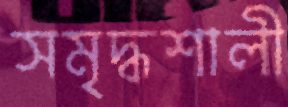
সমৃদ্ধশালী